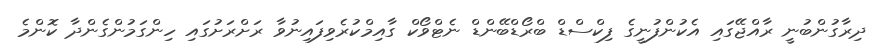
ދިރާގުންބުނީ ރާއްޖޭގައި އެކުންފުނީގެ ފިކްސްޑް ބްރޯޑްބޭންޑް ނެޓްވޯކް ގާއިމްކުރެވިފައިނުވާ ރަށްރަށުގައި ހިންގަމުންގެންދާ ކޮންމެ